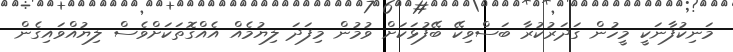
މަނިކުފާނަކީ މީހުން ގަދަރުކުރާ ބަސްވިކޭ ބޭފުޅަކަށް ވުމުން މިފަދަ ލިޔުމެއް އެއްގޮތަކަށްވެސް ލިޔުއްވައިގެން